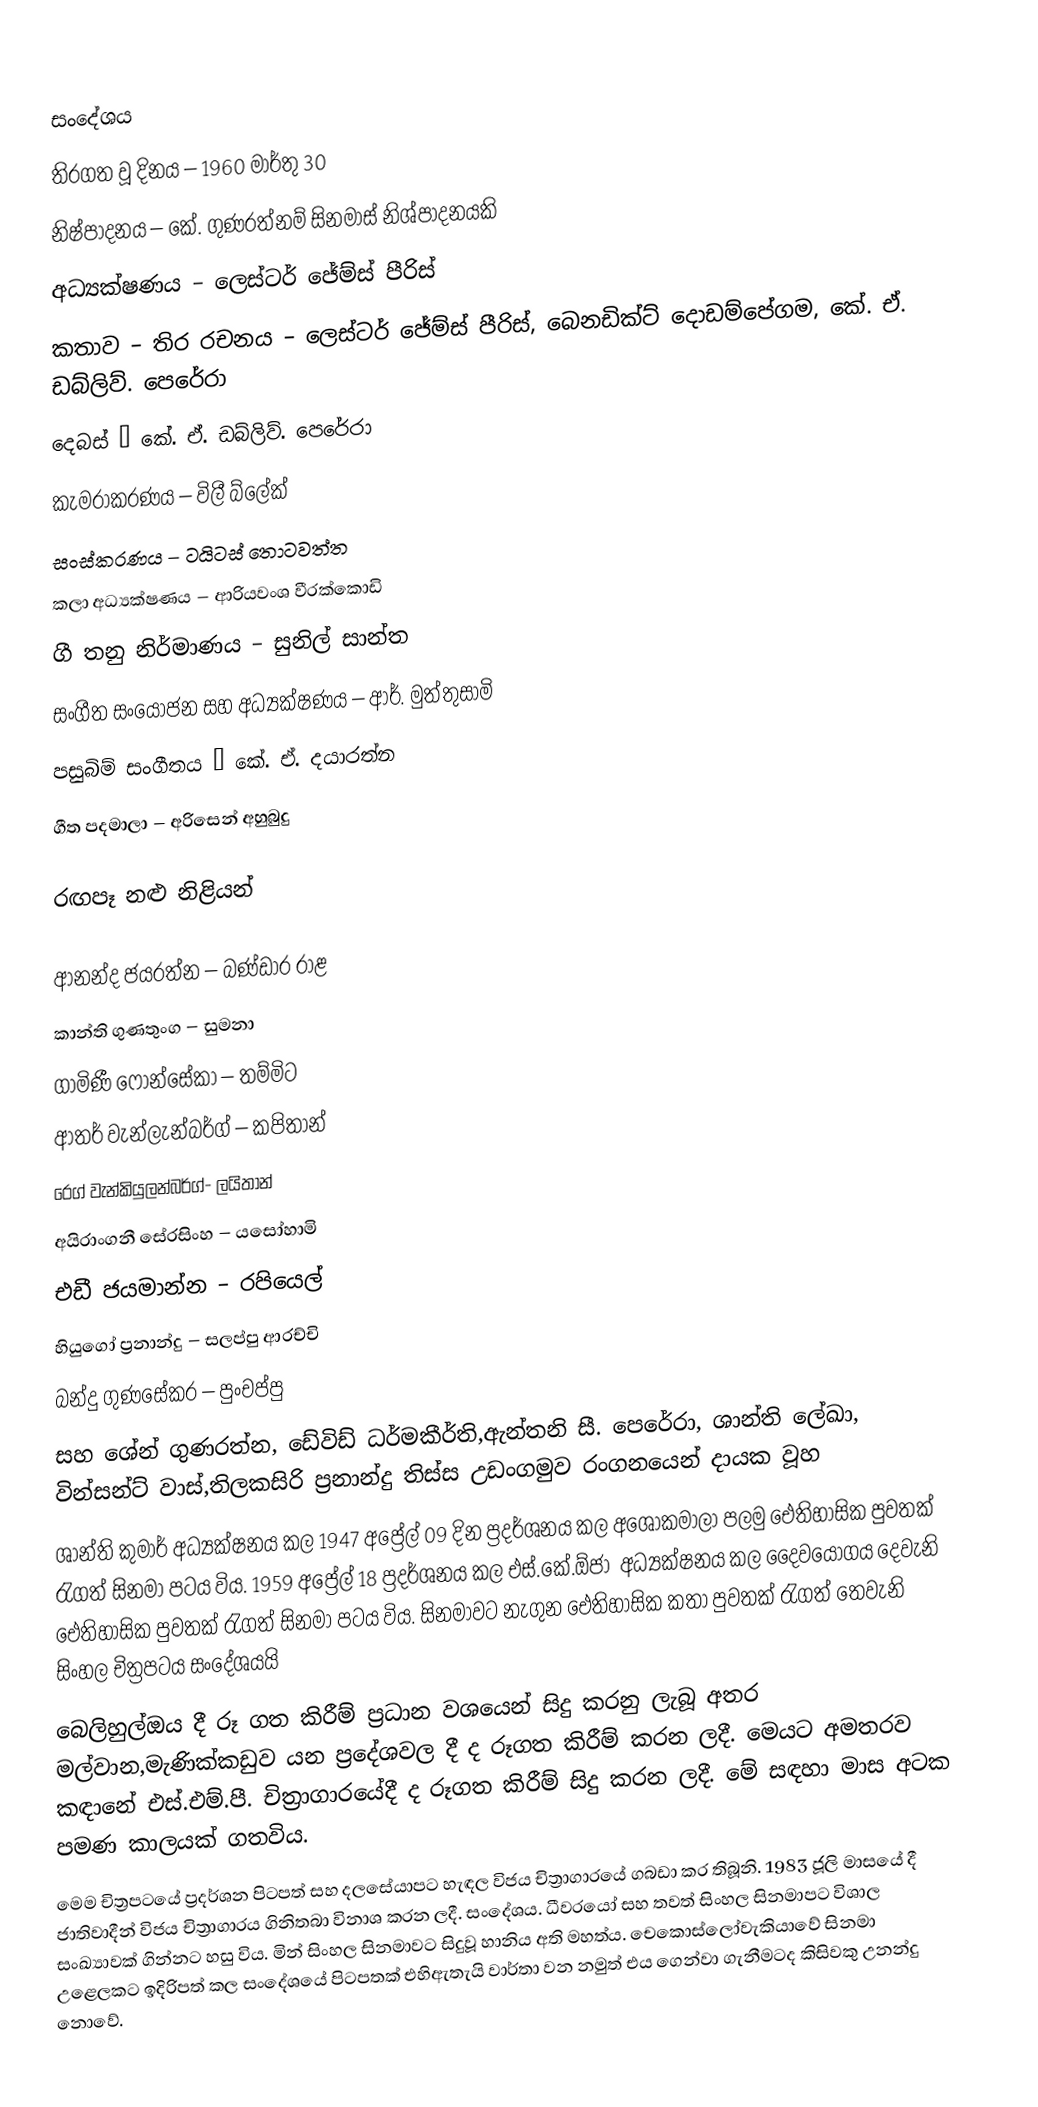

සංදේශය
තිරගත වූ දිනය – 1960 මාර්තු 30
නිෂ්පාදනය – කේ. ගුණරත්නම් සිනමාස් නිශ්පාදනයකි
අධ්‍යක්ෂණය – ලෙස්ටර් ජේම්ස් පීරිස්
කතාව – තිර රචනය – ලෙස්ටර් ජේම්ස් පීරිස්, බෙනඩික්ට් දොඩම්පේගම, කේ. ඒ. ඩබ්ලිව්. පෙරේරා
දෙබස් – කේ. ඒ. ඩබ්ලිව්. පෙරේරා
කැමරාකරණය – විලී බ්ලේක්
සංස්කරණය – ටයිටස් තොටවත්ත
කලා අධ්‍යක්ෂණය – ආරියවංශ වීරක්කොඩි
ගී තනු නිර්මාණය – සුනිල් සාන්ත
සංගීත සංයෝජන සහ අධ්‍යක්ෂණය – ආර්. මුත්තුසාමි
පසුබිම් සංගීතය – කේ. ඒ. දයාරත්න
ගීත පදමාලා – අරිසෙන් අහුබුදු

රඟපෑ නළු නිළියන්

ආනන්ද ජයරත්න – බණ්ඩාර රාළ
කාන්ති ගුණතුංග – සුමනා
ගාමිණී ෆොන්සේකා – තම්මිට
ආතර් වැන්ලැන්බර්ග් – කපිතාන්
රෙග් වැන්කියුලන්බර්ග්- ලයිතාන්
අයිරාංගනී සේරසිංහ – යසෝහාමි
එඩී ජයමාන්න – රපියෙල්
හියුගෝ ප්‍රනාන්දු – සලප්පු ආරච්චි
බන්දු ගුණසේකර – පුංචප්පු
සහ ශේන් ගුණරත්න, ඩේවිඩ් ධර්මකීර්ති,ඇන්තනි සී. පෙරේරා, ශාන්ති ලේඛා,  වින්සන්ට් වාස්,තිලකසිරි ප්‍රනාන්දු  තිස්ස උඩංගමුව රංගනයෙන් දායක වූහ
ශාන්ති කුමාර් ‍අධ්‍යක්ෂනය කල   1947 අප්‍රේල් 09 දින ප්‍රදර්ශනය කල අ‍ශෝකමාලා පලමු ඓතිහාසික පුවතක් රැගත් සිනමා පටය විය. 1959 අප්‍රේල් 18 ප්‍රදර්ශනය කල එස්.කේ.ඕජා  ‍ ‍අධ්‍යක්ෂනය කල   දෛවයෝගය දෙවැනි ඓතිහාසික පුවතක් රැගත් සිනමා පටය විය. සිනමාවට නැගුන ඓතිහාසික කතා පුවතක් රැගත් තෙවැනි සිංහල චිත්‍රපටය සංදේශයයි
බෙලිහුල්ඔය දී රූ ගත කිරීම් ප්‍රධාන වශයෙන් සිදු කරනු ලැබූ අතර  මල්වාන,මැණික්කඩුව යන ප්‍රදේශවල දී ද රූගත කිරීම් කරන ලදී. මෙයට අමතරව කඳානේ එස්.එම්.පී. චිත්‍රාගාරයේදී ද රූගත කිරීම් සිදු කරන ලදී. මේ සඳහා මාස අටක පමණ කාලයක් ගතවිය.
මෙම චිත්‍රපටයේ ප්‍රදර්ශන පිටපත් සහ දලසේයාපට හැඳල විජය චිත්‍රාගාරයේ ගබඩා කර තිබූනි. 1983 ජූලි මාසයේ දී ජාතිවාදීන් විජය චිත්‍රාගාරය ගිනිතබා විනාශ කරන ලදී. සංදේශය. ධීවරයෝ  සහ තවත් සිංහල සිනමාපට විශාල සංඛ්‍යාවක් ගින්නට හසු විය. මින් සිංහල සිනමාවට සිදුවූ හානිය අති මහත්ය. චෙකොස්ලෝවැකියාවේ සිනමා උළෙලකට ඉදිරිපත් කල සංදේශයේ පිටපතක් එහිඇතැයි වාර්තා වන නමුත් එය ගෙන්වා ගැනීමටද කිසිවකු උනන්දු නොවේ.